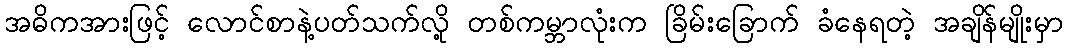
အဓိကအားဖြင့် လောင်စာနဲ့ပတ်သက်လို့ တစ်ကမ္ဘာလုံးက ခြိမ်းခြောက် ခံနေရတဲ့ အချိန်မျိုးမှာ